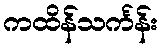
ကထိန်သင်္ကန်း